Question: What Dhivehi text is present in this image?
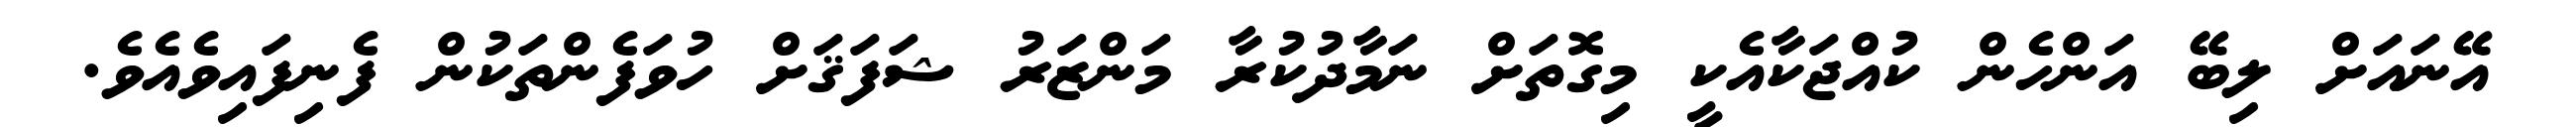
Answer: އޭނައަށް ލިބޭ އަންހެން ކުއްޖަކާއެކީ މިގޮތަށް ނަމާދުކުރާ މަންޒަރު ޝަފަޤަށް ހުވަފެންތަކުން ފެނިފައިވެއެވެ.